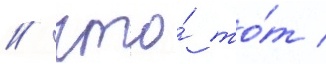
/ что́ то́т /